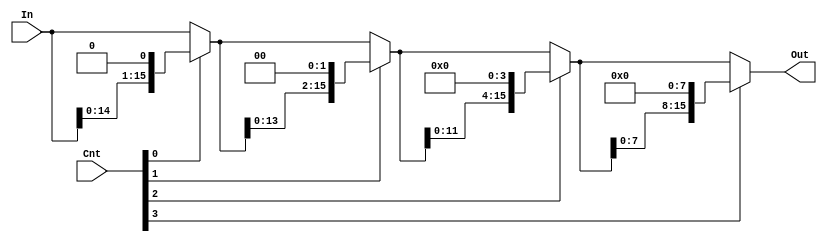
module left_logical (In, Cnt, Out);
   
   input [15:0] In;
   input [3:0]  Cnt;
   output [15:0] Out;
   wire [15:0] First_Out, Second_Out, Third_Out;

//mux2_1 MUX1[15:0] (In[15:0], {In[14:0], 1'd0}, Cnt[0], First_Out[15:0]);
//mux2_1 MUX2[15:0] (First_Out[15:0], {First_Out[13:0], {2{1'b0}}}, Cnt[1], Second_Out[15:0]);
//mux2_1 MUX3[15:0] (Second_Out[15:0], {Second_Out[11:0], {4{1'b0}}}, Cnt[2], Third_Out[15:0]);
//mux2_1 MUX4[15:0] (Third_Out[15:0], {Third_Out[7:0], {8{1'b0}}}, Cnt[3], Out[15:0]);


   assign First_Out = (Cnt[0]) ? {In[14:0], 1'd0} : In[15:0];
   assign Second_Out = (Cnt[1]) ? {First_Out[13:0], {2{1'b0}}} : First_Out[15:0];
   assign Third_Out = (Cnt[2]) ? {Second_Out[11:0], {4{1'b0}}} : Second_Out[15:0];
   assign Out = (Cnt[3]) ? {Third_Out[7:0], {8{1'b0}}} : Third_Out[15:0];


endmodule